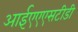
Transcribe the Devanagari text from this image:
आईएएएसटीडी